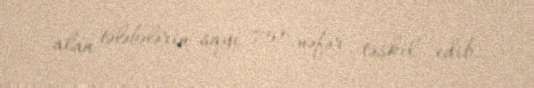
alan tələbələrin sayı 751 nəfər təşkil edib.